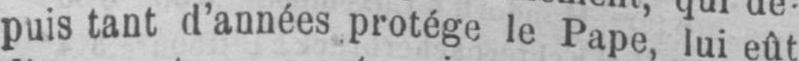
puis tant d’années protège le Pape,lui eût